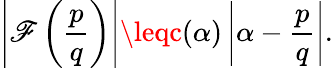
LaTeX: \left|\mathscr{F}\left({\frac{{p}}{{q}}}\right)\right|\leqc(\alpha)\left|\alpha-{\frac{{p}}{{q}}}\right|.